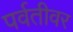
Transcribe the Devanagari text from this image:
पर्वतीवर